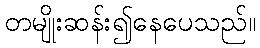
တမျိုးဆန်း၍နေပေသည်။